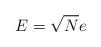
LaTeX: \begin{align*}E=\sqrt{N}e\end{align*}